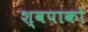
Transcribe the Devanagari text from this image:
श्वपाको